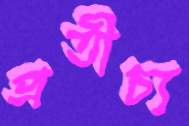
প্রতীচ্য